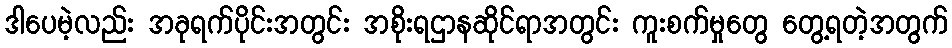
ဒါပေမဲ့လည်း အခုရက်ပိုင်းအတွင်း အစိုးရဌာနဆိုင်ရာအတွင်း ကူးစက်မှုတွေ တွေ့ရတဲ့အတွက်